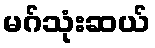
မဂ်သုံးဆယ်